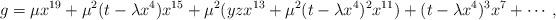
LaTeX: \begin{align*}g = \mu x^{19} + \mu^2 (t-\lambda x^4) x^{15} + \mu^2 (yz x^{13} + \mu^2 (t-\lambda x^4)^2 x^{11}) + (t-\lambda x^4)^3 x^7 + \cdots,\end{align*}